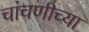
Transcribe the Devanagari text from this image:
चांचणीच्या